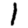
Digit: 1